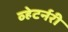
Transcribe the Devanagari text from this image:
व्हेटर्नरी